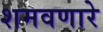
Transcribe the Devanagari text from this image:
शमवणारे